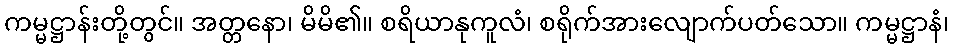
ကမ္မဋ္ဌာန်းတို့တွင်။ အတ္တနော၊ မိမိ၏။ စရိယာနုကူလံ၊ စရိုက်အားလျောက်ပတ်သော။ ကမ္မဋ္ဌာနံ၊